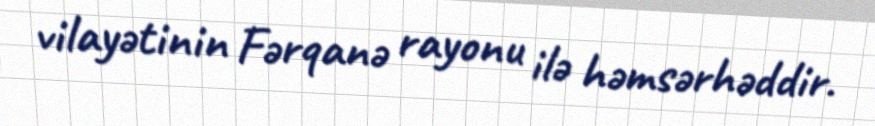
vilayətinin Fərqanə rayonu ilə həmsərhəddir.